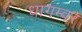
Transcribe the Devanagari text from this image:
धागम्वर